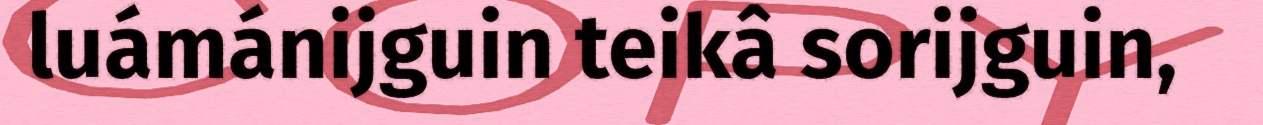
luámánijguin teikâ sorijguin,